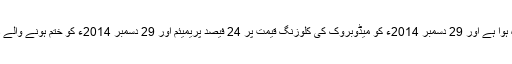
مالی سودے کے بعد میڈوبروک کی مجلس منتظمین کی جانب سے تزویراتی متبادلات کا جامع جائزہ ہوا ہے اور 29 دسمبر 2014ء کو میڈوبروک کی کلوزنگ قیمت پر 24 فیصد پریمیئم اور 29 دسمبر 2014ء کو ختم ہونے والے دور پر میڈوبروک کی تین ماہ کی اوسط کلوزنگ قیمت کے 39 فیصد پریمیئم کی نمائندگی کرتا ہے۔